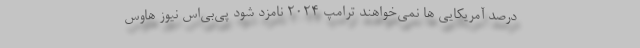
درصد آمریکایی ها نمی‌خواهند ترامپ ۲۰۲۴ نامزد شود پی‌بی‌اس نیوز هاوس